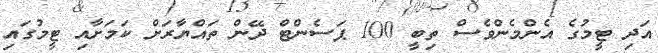
އަދި ޓީމުގެ އެންމެންވެސް ތިބީ 100 ޕަސެންޓް ދޭން ތައްޔާރަށް ކަމަށާއި ޓީމުގައި